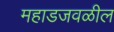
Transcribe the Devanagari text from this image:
महाडजवळील